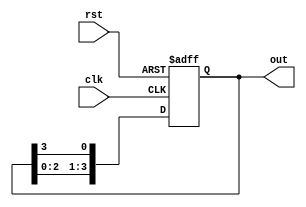
module ring_counter #(parameter N = 4) (
    input wire clk,          // Clock input
    input wire rst,          // Asynchronous reset
    output reg [N-1:0] out   // Output representing the state of the counter
);

    // Initial state
    initial begin
        out = 1'b1; // Set the initial state to 0001 for N=4
    end

    // Always block for the ring counter operation
    always @(posedge clk or posedge rst) begin
        if (rst) begin
            // Reset state to 0001
            out <= 1'b1;
        end else begin
            // Shift the '1' to the left
            out <= {out[N-2:0], out[N-1]};
        end
    end

endmodule